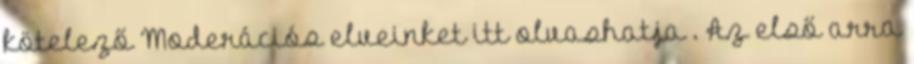
kötelező Moderációs elveinket itt olvashatja . Az első arra